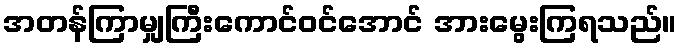
အတန်ကြာမျှကြီးကောင်ဝင်အောင် အားမွေးကြရသည်။